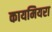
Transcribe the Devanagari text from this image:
कायमियरा